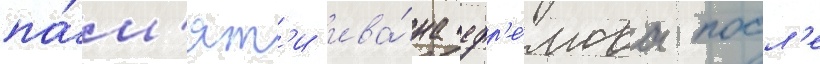
па́м'ят'и ива́на ефр'е́мова посл'е